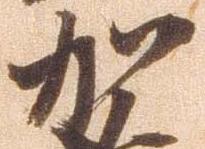
加